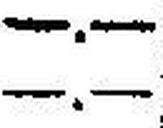
—.—